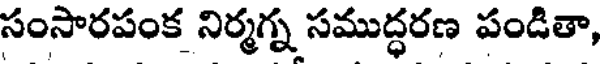
సంసారపంక నిర్మగ్న సముద్ధరణ పండితా,